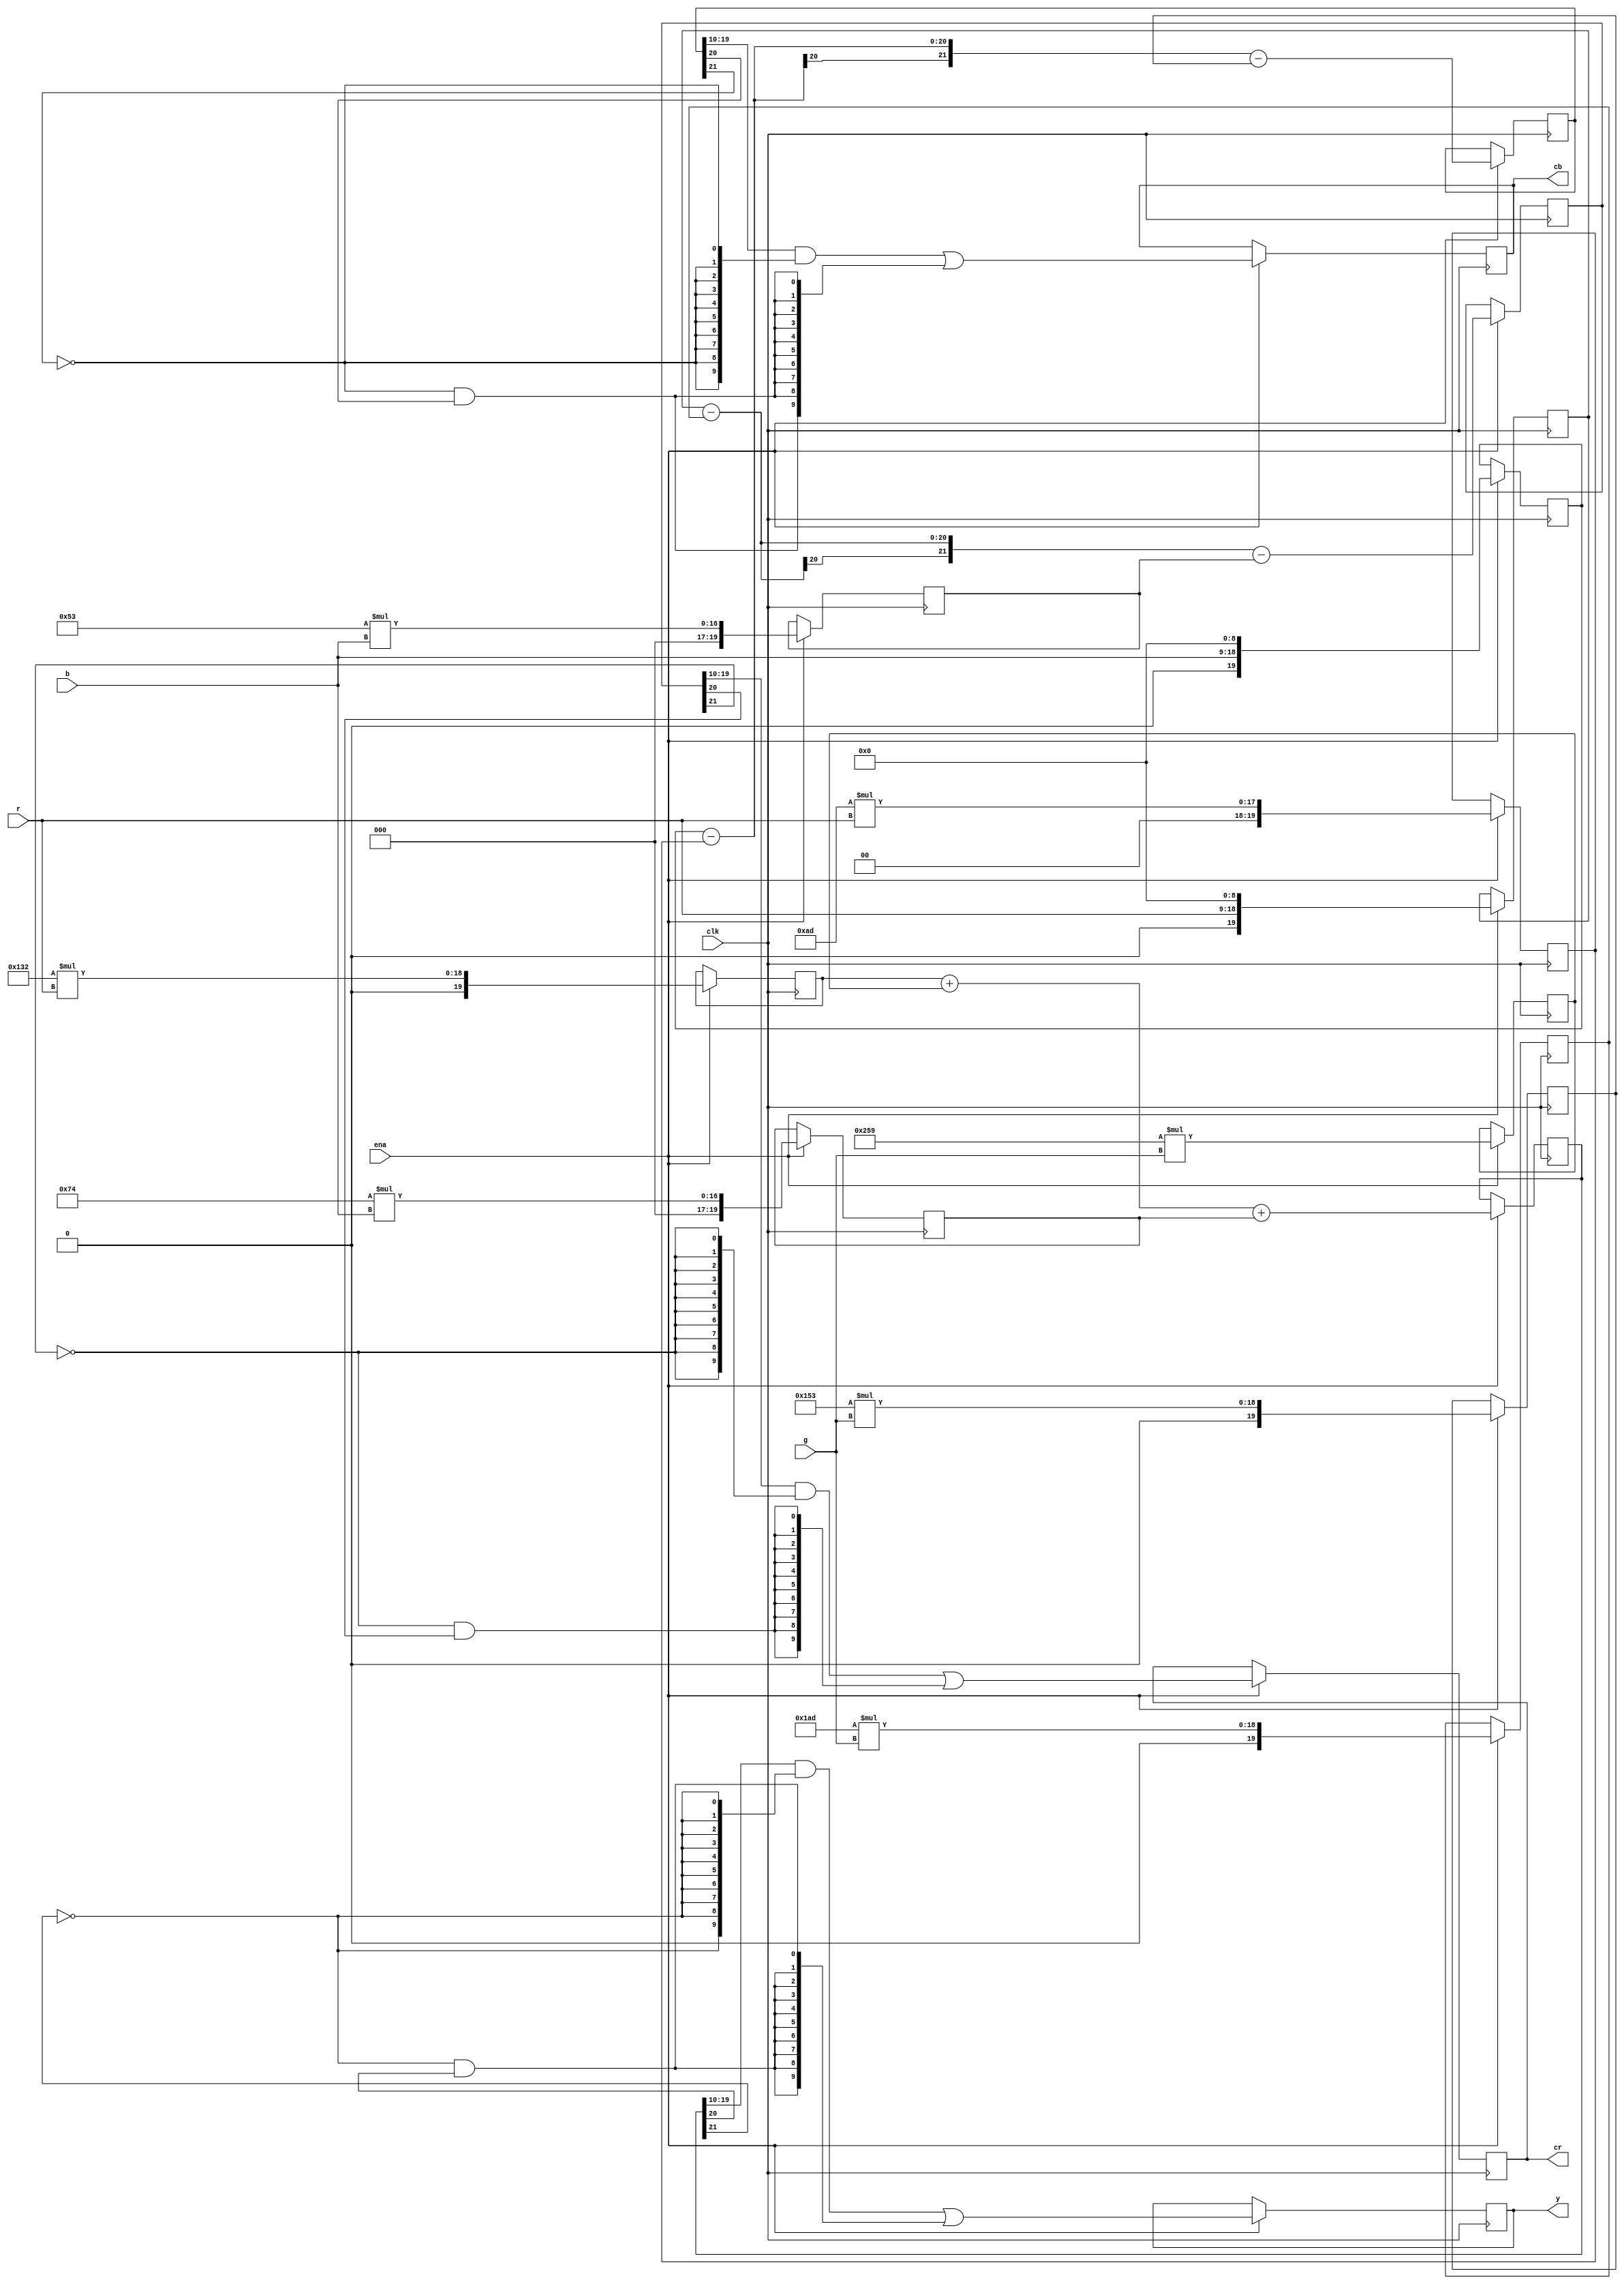
/////////////////////////////////////////////////////////////////////
////                                                             ////
////  RGB to YCrCb Color Space converter                         ////
////                                                             ////
////  Converts RGB values to YCrCB (YUV) values                  ////
////  Y  = 0.299R + 0.587G + 0.114B                              ////
////  Cr = 0.713(R - Y)                                          ////
////  Cb = 0.565(B - Y)                                          ////
////                                                             ////
////          richard@asics.ws                                   ////
////          www.asics.ws                                       ////
////                                                             ////
////                                                             ////
/////////////////////////////////////////////////////////////////////
////                                                             ////
//// Copyright (C) 2001 Richard Herveille                        ////
////                    richard@asics.ws                         ////
////                                                             ////
//// This source file may be used and distributed without        ////
//// restriction provided that this copyright statement is not   ////
//// removed from the file and that any derivative work contains ////
//// the original copyright notice and the associated disclaimer.////
////                                                             ////
////     THIS SOFTWARE IS PROVIDED ``AS IS'' AND WITHOUT ANY     ////
//// EXPRESS OR IMPLIED WARRANTIES, INCLUDING, BUT NOT LIMITED   ////
//// TO, THE IMPLIED WARRANTIES OF MERCHANTABILITY AND FITNESS   ////
//// FOR A PARTICULAR PURPOSE. IN NO EVENT SHALL THE AUTHOR      ////
//// OR CONTRIBUTORS BE LIABLE FOR ANY DIRECT, INDIRECT,         ////
//// INCIDENTAL, SPECIAL, EXEMPLARY, OR CONSEQUENTIAL DAMAGES    ////
//// (INCLUDING, BUT NOT LIMITED TO, PROCUREMENT OF SUBSTITUTE   ////
//// GOODS OR SERVICES; LOSS OF USE, DATA, OR PROFITS; OR        ////
//// BUSINESS INTERRUPTION) HOWEVER CAUSED AND ON ANY THEORY OF  ////
//// LIABILITY, WHETHER IN  CONTRACT, STRICT LIABILITY, OR TORT  ////
//// (INCLUDING NEGLIGENCE OR OTHERWISE) ARISING IN ANY WAY OUT  ////
//// OF THE USE OF THIS SOFTWARE, EVEN IF ADVISED OF THE         ////
//// POSSIBILITY OF SUCH DAMAGE.                                 ////
////                                                             ////
/////////////////////////////////////////////////////////////////////

//  CVS Log
//
//  $Id: rgb2ycrcb.v,v 1.1.1.1 2002-03-26 07:25:01 rherveille Exp $
//
//  $Date: 2002-03-26 07:25:01 $
//  $Revision: 1.1.1.1 $
//  $Author: rherveille $
//  $Locker:  $
//  $State: Exp $
//
// Change History:
//               $Log: not supported by cvs2svn $


`timescale 1ns/10ps

module top(clk, ena, r, g, b, y, cr, cb);
	//
	// inputs & outputs
	//
	input        clk;
	input        ena;
	input  [9:0] r, g, b;

	output [9:0] y, cr, cb;
	reg [9:0] y, cr, cb;


	//
	// variables
	//
	reg [21:0] y1, cr1, cb1;

	//
	// module body
	//


	// step 1: Calculate Y, Cr, Cb
	//
	// Use N.M format for multiplication:
	// Y  = 0.299 * R.000 + 0.587 * G.000 + 0.114 * B.000
	// Y  = 0x132 * R + 0x259 * G + 0x074 * B
	//
	// Cr = 0.713(R - Y)
	// Cr = 0.500 * R.000 + -0.419 * G.000 - 0.0813 * B.000
	// Cr = (R >> 1) - 0x1AD * G - 0x053 * B
	//
	// Cb = 0.565(B - Y)
	// Cb = -0.169 * R.000 + -0.332 * G.000 + 0.500 * B.000
	// Cb = (B >> 1) - 0x0AD * R - 0x153 * G	


	// calculate Y
	reg [19:0] yr, yg, yb;

	always@(posedge clk)
		if (ena)
		begin
			yr <= #1 10'h132 * r;
			yg <= #1 10'h259 * g;		
			yb <= #1 10'h074 * b;

			y1 <= #1 yr + yg + yb;
		end

	// calculate Cr
	reg [19:0] crr, crg, crb;

	always@(posedge clk)
		if (ena)
		begin
			crr <= #1 r << 9;
			crg <= #1 10'h1ad * g;		
			crb <= #1 10'h053 * b;

			cr1 <= #1 crr - crg - crb;
		end

	// calculate Cb
	reg [19:0] cbr, cbg, cbb;

	always@(posedge clk)
		if (ena)
		begin
			cbr <= #1 10'h0ad * r;
			cbg <= #1 10'h153 * g;		
			cbb <= #1 b << 9;

			cb1 <= #1 cbb - cbr - cbg;
		end

	//
	// step2: check boundaries
	//
	always@(posedge clk)
		if (ena)
		begin
			// check Y
			y <= #1 (y1[19:10] & {10{!y1[21]}}) | {10{(!y1[21] && y1[20])}};

			// check Cr
			cr <= #1 (cr1[19:10] & {10{!cr1[21]}}) | {10{(!cr1[21] && cr1[20])}};

			// check Cb
			cb <= #1 (cb1[19:10] & {10{!cb1[21]}}) | {10{(!cb1[21] && cb1[20])}};
		end
endmodule